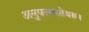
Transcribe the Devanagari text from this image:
अनुपल्ब्धतेवरून